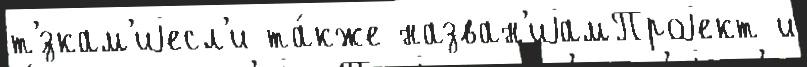
т'́зкам'иjесл'и та́кже назван'иjамПроjект и